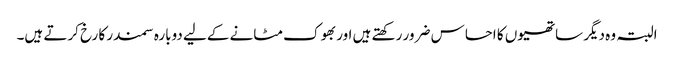
البتہ وہ دیگر ساتھیوں کا احساس ضرور رکھتے ہیں اور بھوک مٹانے کےلیے دوبارہ سمندر کا رخ کرتے ہیں۔